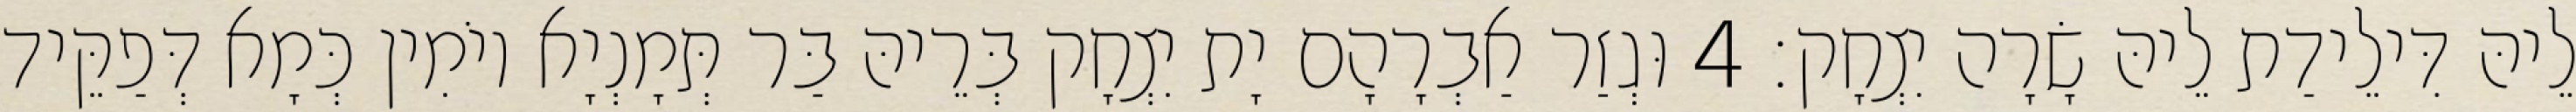
לֵיהּ דִּילֵידַת לֵיהּ שָׂרָה יִצְחָק׃ 4 וּגְזַר אַבְרָהָם יָת יִצְחָק בְּרֵיהּ בַּר תְּמָנְיָא יוֹמִין כְּמָא דְּפַקֵּיד